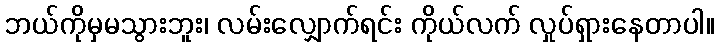
ဘယ်ကိုမှမသွားဘူး၊ လမ်းလျှောက်ရင်း ကိုယ်လက် လှုပ်ရှားနေတာပါ။